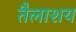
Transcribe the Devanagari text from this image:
तैलाशय